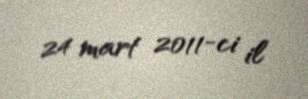
24 mart 2011-ci il